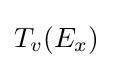
{\textstyle T_{v}(E_{x})}